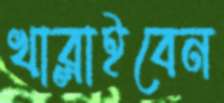
খাব্‌লাইবেন